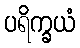
ပရိက္ခယံ